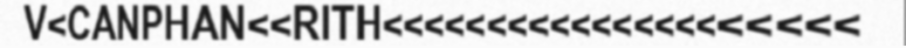
V<CANPHAN<<RITH<<<<<<<<<<<<<<<<<<<<<